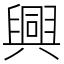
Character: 興